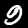
Label: 9